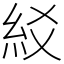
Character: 䋂